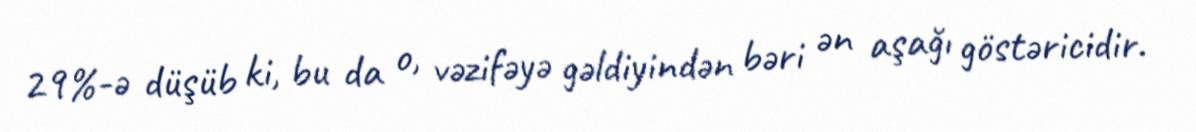
29%-ə düşüb ki, bu da o, vəzifəyə gəldiyindən bəri ən aşağı göstəricidir.